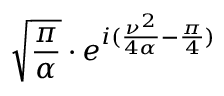
{ \sqrt { \frac { \pi } { \alpha } } } \cdot e ^ { i ( { \frac { \nu ^ { 2 } } { 4 \alpha } } - { \frac { \pi } { 4 } } ) }